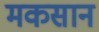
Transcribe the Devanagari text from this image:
मकसान